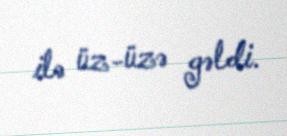
ilə üz-üzə gəldi.